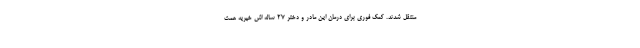
منتقل شدند. کمک فوری برای درمان این مادر و دختر 27 ساله اش خیریه همت